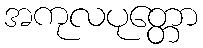
အကုလပုတ္တော